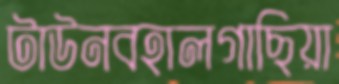
টাউনবহালগাছিয়া